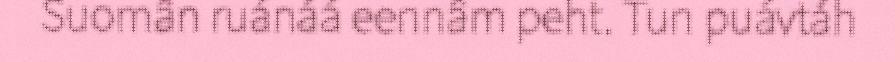
Suomân ruánáá eennâm peht. Tun puávtáh